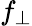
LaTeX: f_{\perp}